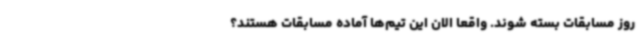
روز مسابقات بسته شوند. واقعا الان این تیم‌ها آماده مسابقات هستند؟